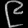
Digit: ၉